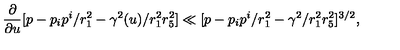
{ \frac { \partial } { \partial u } } [ p - p _ { i } p ^ { i } / r _ { 1 } ^ { 2 } - \gamma ^ { 2 } ( u ) / r _ { 1 } ^ { 2 } r _ { 5 } ^ { 2 } ] \ll [ p - p _ { i } p ^ { i } / r _ { 1 } ^ { 2 } - \gamma ^ { 2 } / r _ { 1 } ^ { 2 } r _ { 5 } ^ { 2 } ] ^ { 3 / 2 } ,